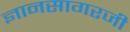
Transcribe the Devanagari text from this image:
ज्ञानसागरजी